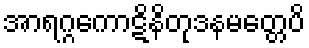
အာရဂ္ဂကောဋိနိတုဒနမတ္တေပိ